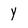
Character: Y